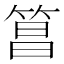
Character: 𬕑